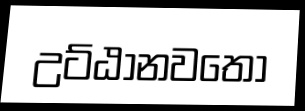
උට්ඨානවතො